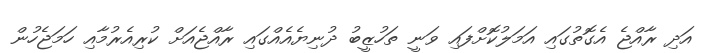
އަދި ރާއްޖެ އެގޮތުގައި އަމަލުކޮށްފައި ވަނީ ތަހުޒީބު ދުނިޔެއެއްގައި ރާއްޖެއަށް ކުރިއެރުމާއި ހަމަޖެހުން